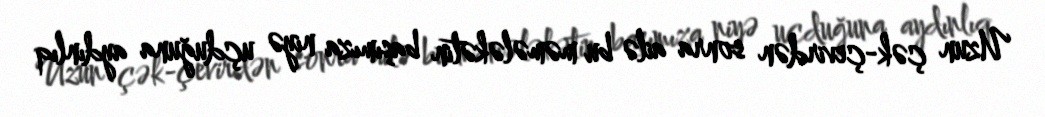
Uzun çək-çevirdən sonra ailə bu məmələkətin başımıza niyə uçduğuna aydınlıq